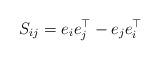
LaTeX: \begin{align*}S_{ij} = e_ie_j^\top - e_je_i^\top\end{align*}